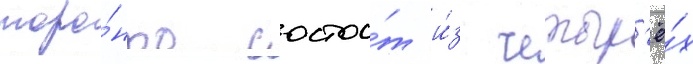
торо́нто состои́т и́з четыр'ё́х